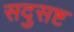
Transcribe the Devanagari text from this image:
सदुसष्ट